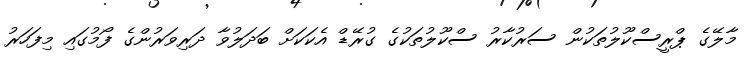
މާލޭގެ ޕްރީސްކޫލުތަކުން ސަރުކާރު ސްކޫލުތަކުގެ ގުރޭޑް އެކަކަށް ބަދަލުވާ ދަރިވަރުންގެ ފޯމުގައި މިފަހަރު